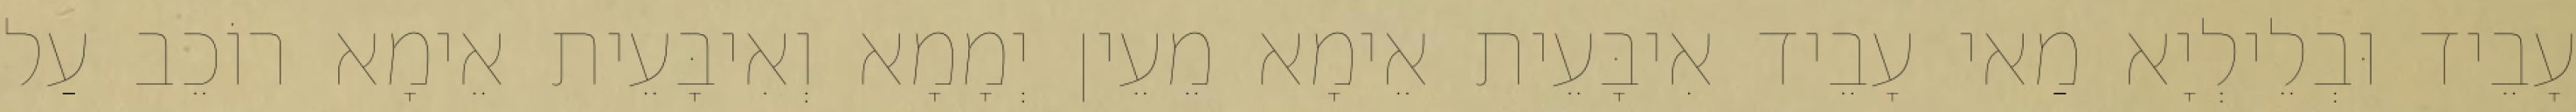
עָבֵיד וּבְלֵילְיָא מַאי עָבֵיד אִיבָּעֵית אֵימָא מֵעֵין יְמָמָא וְאִיבָּעֵית אֵימָא רוֹכֵב עַל